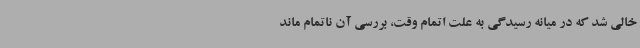
خالی شد که در میانه رسیدگی به علت اتمام وقت، بررسی آن ناتمام ماند